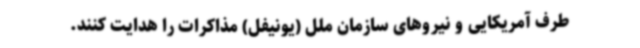
طرف آمریکایی و نیروهای سازمان ملل (یونیفل) مذاکرات را هدایت کنند.